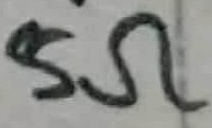
Text: 5Ω